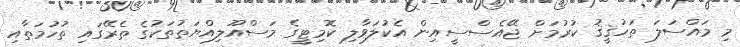
މި މައްސަލަ ތަހުޤީޤު ކުރުމަށް ޖޭއެސްސީއިން އެކުލަވާލި ކޮމިޓީގެ މަސްއޫލިއްޔަތުތަކުގެ ތެރޭގައި ތުހުމަތާއި